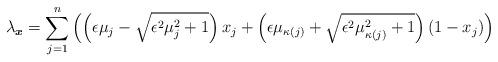
LaTeX: \begin{align*} \lambda_{\boldsymbol{x}}=\sum_{j=1}^n\left(\left(\epsilon\mu_j-\sqrt{\epsilon^2\mu_j^2+1}\right)x_j+\left(\epsilon\mu_{\kappa(j)}+\sqrt{\epsilon^2\mu_{\kappa(j)}^2+1}\right)(1-x_j)\right)\end{align*}